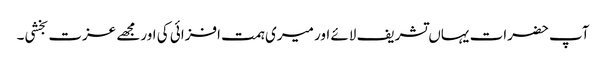
آپ حضرات یہاں تشریف لائے اور میری ہمت افزائی کی اورمجھے عزت بخشی۔